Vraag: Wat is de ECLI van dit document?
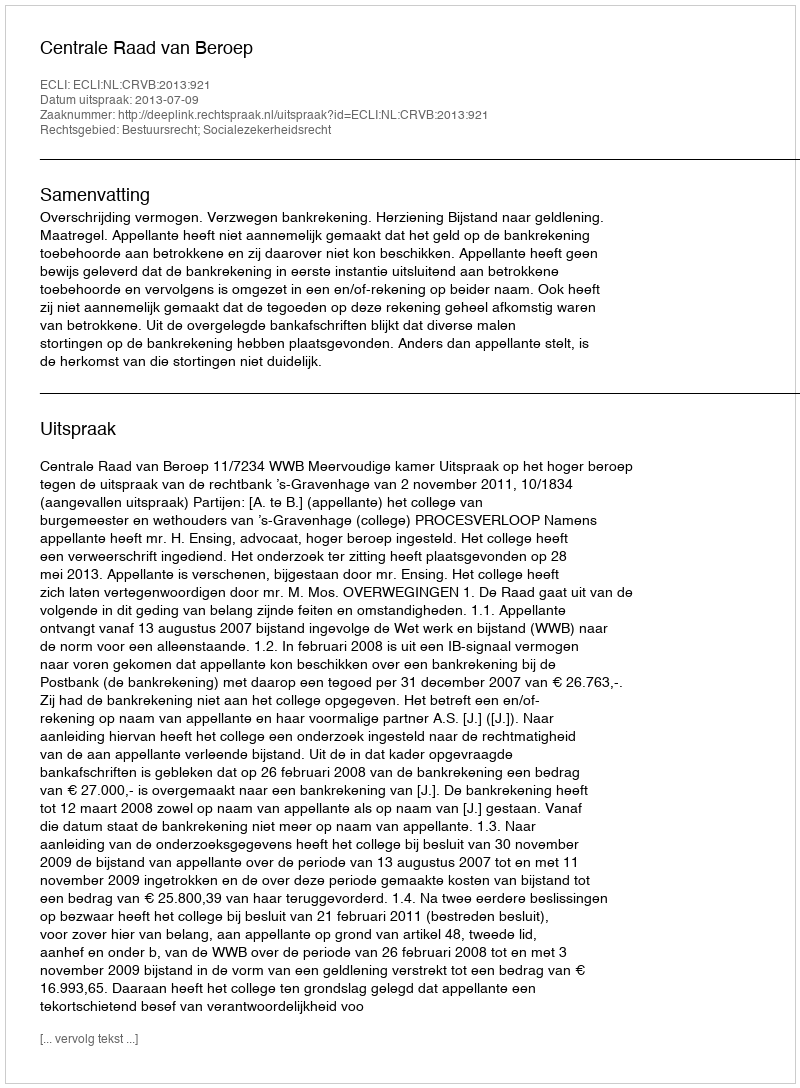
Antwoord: ECLI:NL:CRVB:2013:921